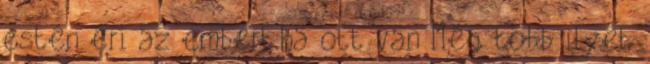
estén éri az embert.ha ott van Még több ilyet